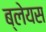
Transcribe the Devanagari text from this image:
ब्लेयस